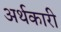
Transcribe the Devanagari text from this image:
अर्थकारी